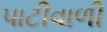
પાટીવાળી